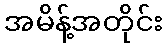
အမိန့်အတိုင်း